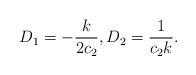
LaTeX: \begin{align*}D_{1}=-\frac{k}{2c_2}, D_{2}=\frac{1}{c_2 k}.\end{align*}